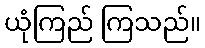
ယုံကြည် ကြသည်။